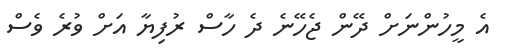
އެ މީހުންނަށް ދޭން ޖެހޭނެ ދެ ހާސް ރުފިޔާ އަށް ވުރެ ވެސް